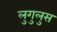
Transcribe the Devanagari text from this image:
लुगुलुस